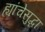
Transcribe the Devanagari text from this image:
ह्यांचेसुद्धा